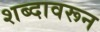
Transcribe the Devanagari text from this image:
शब्‍दावरून